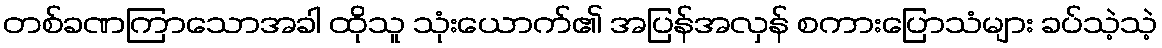
တစ်ခဏကြာသောအခါ ထိုသူ သုံးယောက်၏ အပြန်အလှန် စကားပြောသံများ ခပ်သဲ့သဲ့